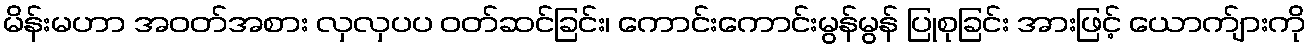
မိန်းမဟာ အဝတ်အစား လှလှပပ ဝတ်ဆင်ခြင်း၊ ကောင်းကောင်းမွန်မွန် ပြုစုခြင်း အားဖြင့် ယောက်ျားကို